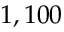
1 , 1 0 0